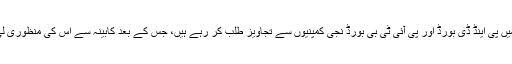
اس سلسلے میں پی اینڈ ڈی بورڈ اور پی آئی ٹی بی بورڈ نجی کمپنیوں سے تجاویز طلب کر رہے ہیں، جس کے بعد کابینہ سے اس کی منظوری لی جائے گی۔